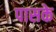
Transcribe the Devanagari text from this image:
पासके